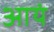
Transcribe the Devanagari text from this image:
आयं